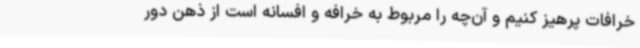
خرافات پرهیز کنیم و آن‌چه را مربوط به خرافه و افسانه است از ذهن دور